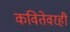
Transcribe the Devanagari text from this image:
कवितेवरही